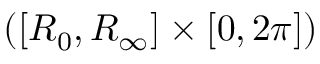
( [ R _ { 0 } , R _ { \infty } ] \times [ 0 , 2 \pi ] )